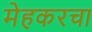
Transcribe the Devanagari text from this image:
मेहकरचा